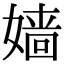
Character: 嫱